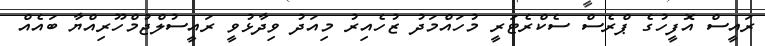
ރައީސް އޮފީހުގެ ޕްރެސް ސެކްރެޓަރީ މުހައްމަދު ޒުހެއިރު މިއަދު ވިދާޅުވީ ރައީސުލްޖުމްހޫރިއްޔާ ބައެއް